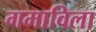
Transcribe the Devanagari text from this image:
गमाविला